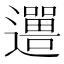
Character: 𬩨